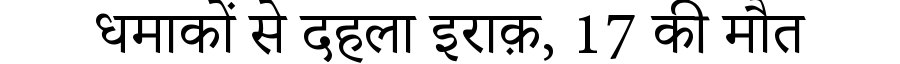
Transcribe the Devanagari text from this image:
धमाकों से दहला इराक़, 17 की मौत